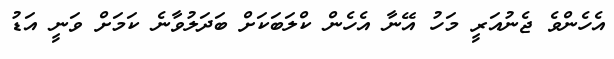
އެހެންވެ ޖެނުއަރީ މަހު އޭނާ އެހެން ކްލަބަކަށް ބަދަލުވާނެ ކަމަށް ވަނީ އަޑު